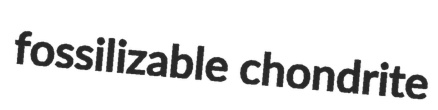
fossilizable chondrite